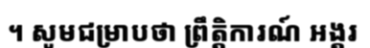
។ សូមជម្រាបថា ព្រឹត្តិការណ៍ អង្គរ